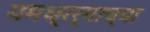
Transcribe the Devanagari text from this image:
यमध्रर्माच्या